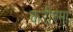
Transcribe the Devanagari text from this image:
करीश्मा